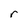
Character: r